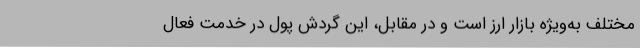
مختلف به‌ویژه بازار ارز است و در مقابل، این گردش پول در خدمت فعال